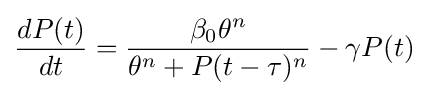
{\frac {dP(t)}{dt}}={\frac {\beta _{0}\theta ^{n}}{\theta ^{n}+P(t-\tau )^{n}}}-\gamma P(t)